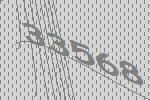
33568